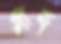
শীর্ন